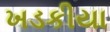
ખડકીયા